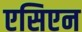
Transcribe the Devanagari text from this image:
एसिएन